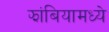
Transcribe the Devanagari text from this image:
झांबियामध्ये